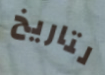
لتاريخ